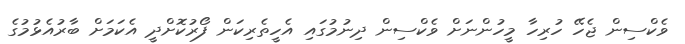
ވެކްސިން ޖެހޭ ހުރިހާ މީހުންނަށް ވެކްސިން ދިނުމުގައި އެހީތެރިކަން ފޯރުކޮށްދީ އެކަމަށް ބާރުއެޅުމުގެ